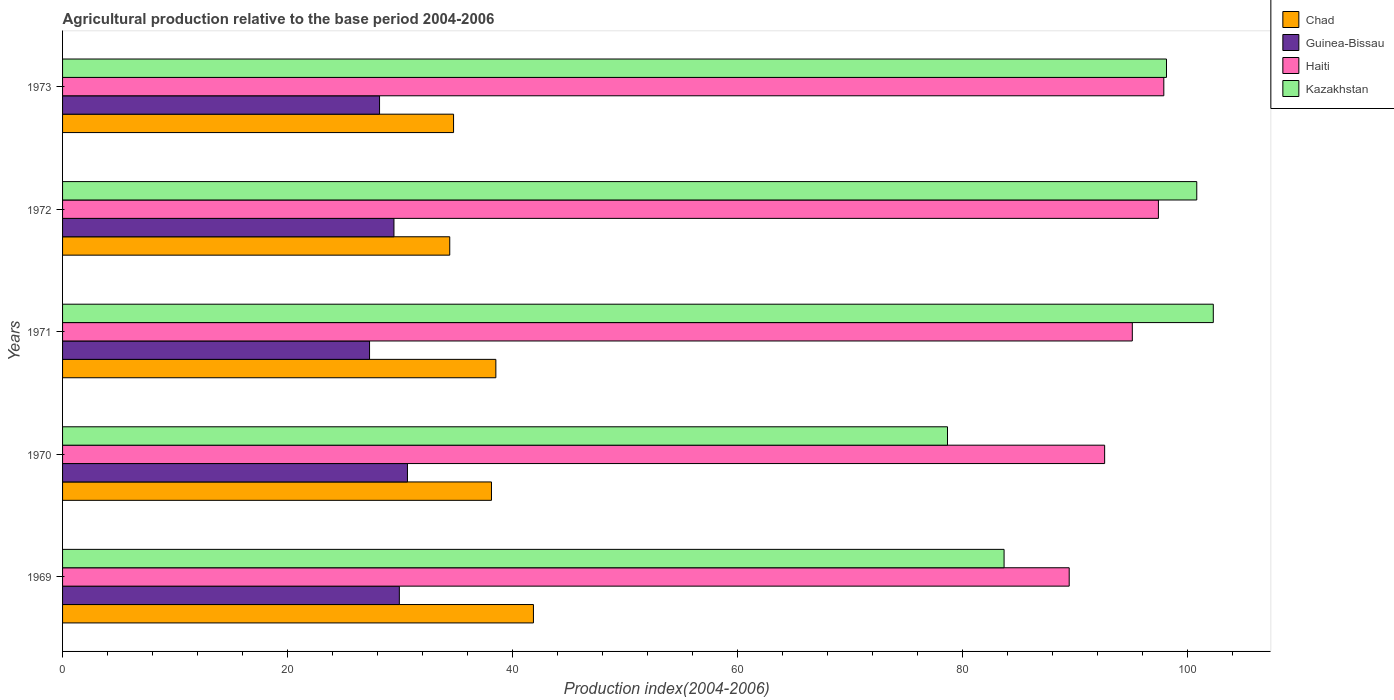
| Years | Chad | Guinea-Bissau | Haiti | Kazakhstan |
 | --- | --- | --- | --- | --- |
 | 1969 | 41.9 | 29.9 | 89.5 | 83.7 |
 | 1970 | 38.1 | 30.7 | 92.6 | 78.7 |
 | 1971 | 38.5 | 27.3 | 95.1 | 102 |
 | 1972 | 34.4 | 29.5 | 97.4 | 101 |
 | 1973 | 34.8 | 28.2 | 97.9 | 98.1 |